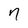
Character: 7